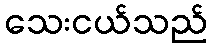
သေးငယ်သည်